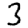
Digit: 3